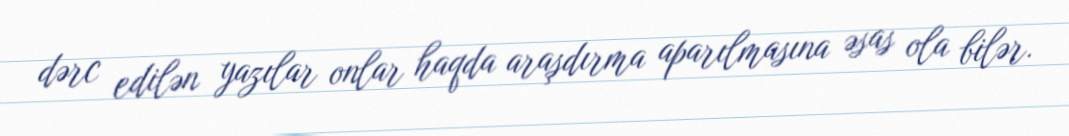
dərc edilən yazılar onlar haqda araşdırma aparılmasına əsas ola bilər.